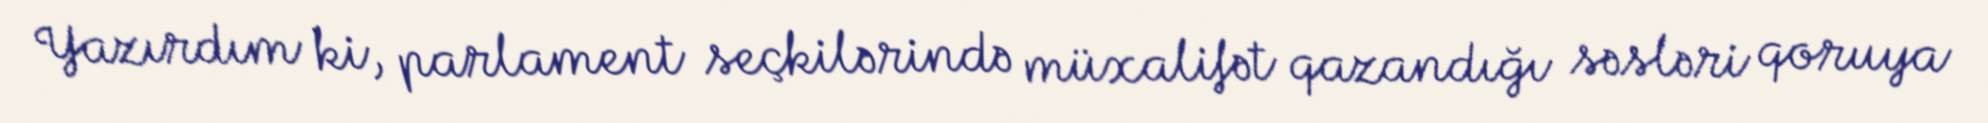
Yazırdım ki, parlament seçkilərində müxalifət qazandığı səsləri qoruya